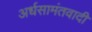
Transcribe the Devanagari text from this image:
अर्धसामंतवादी